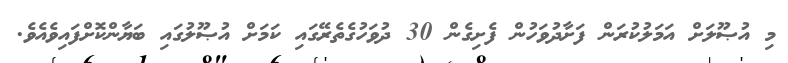
މި އުޞޫލަށް އަމަލުކުރަން ފަށާދުވަހުން ފެށިގެން 30 ދުވަހުގެތެރޭގައި ކަމަށް އުޞޫލުގައި ބަޔާންކޮށްފައިވެއެވެ.